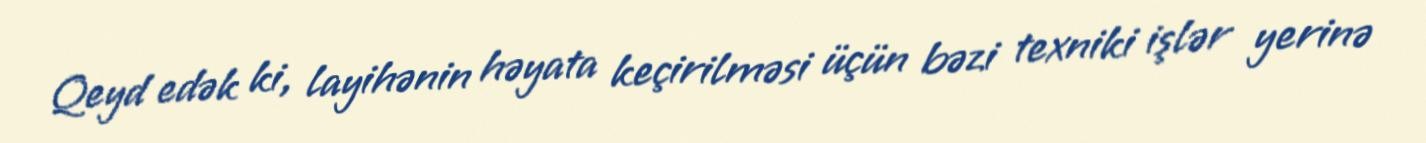
Qeyd edək ki, layihənin həyata keçirilməsi üçün bəzi texniki işlər yerinə